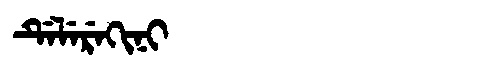
Manchu: ᡩᡝᠯᡝᡵᡝᡴᡳᠨᡳ
Romanization: DELEREKINI